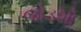
જોડશો